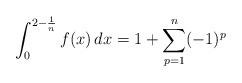
LaTeX: \begin{align*}\int_0^{2-\frac 1n} f(x)\,dx = 1 + \sum_{p=1}^n (-1)^p\end{align*}